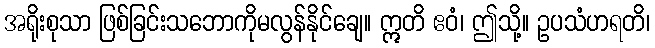
အရိုးစုသာ ဖြစ်ခြင်းသဘောကိုမလွန်နိုင်ချေ။ ဣတိ ဧဝံ၊ ဤသို့။ ဥပသံဟရတိ၊